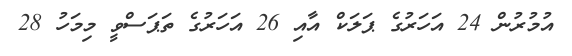
އުމުރުން 24 އަހަރުގެ ޕަލަކް އާއި 26 އަހަރުގެ ތަޕަސްވީ މިމަހު 28